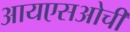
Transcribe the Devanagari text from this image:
आयएसओची